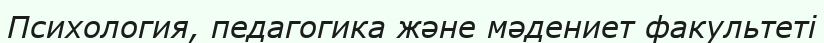
Психология, педагогика және мәдениет факультеті